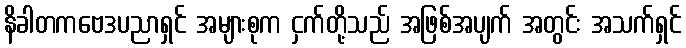
နိခါတကဗေဒပညာရှင် အများစုက ငှက်တို့သည် အဖြစ်အပျက် အတွင်း အသက်ရှင်